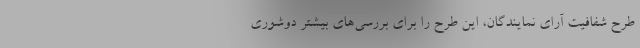
طرح شفافیت آرای نمایندگان، این طرح را برای بررسی‌های بیشتر دوشوری